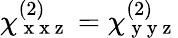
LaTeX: \chi_{\mathrm{~x~x~z~}}^{(2)}=\chi_{\mathrm{~y~y~z~}}^{(2)}